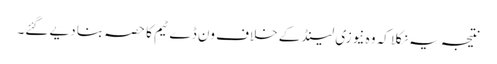
نتیجہ یہ نکلا کہ وہ نیوزی لینڈ کے خلاف ون ڈے ٹیم کا حصہ بنا دیے گئے۔